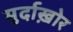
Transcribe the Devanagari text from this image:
मुर्दाख़ोर